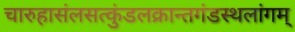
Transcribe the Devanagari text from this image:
चारुहासंलसत्कुंडलक्रान्तगंडस्थलांगम्‌